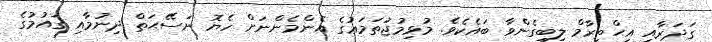
ގަދަރާއި އިޙްތިރާމް ލިބިގެންވާ ބައެކެވެ. މުޅިމުޖުތަމަޢުގެ އެންމެންނަށް ހެޔޮ ނަސޭޙަތް ދިނުމާއި ގައުމުގެ